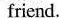
friend.